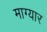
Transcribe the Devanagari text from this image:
माग्यार